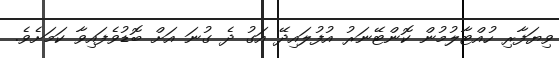
ވިޔަފާރި ހުއްޓާލުމުން ކޮންޓޭނަރު އުފުލައިދޭ އަގު ދެ ގުނަ އަށް ބޮޑުވެފައިވާ ކަމަށެވެ.